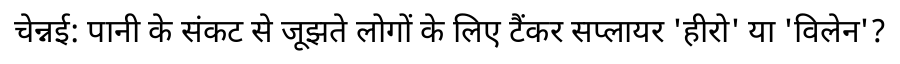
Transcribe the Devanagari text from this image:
चेन्नई: पानी के संकट से जूझते लोगों के लिए टैंकर सप्लायर 'हीरो' या 'विलेन'?